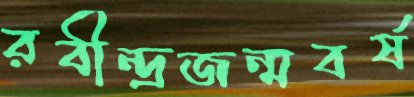
রবীন্দ্রজন্মবর্ষ